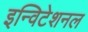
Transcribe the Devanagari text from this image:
इन्विटेशनल